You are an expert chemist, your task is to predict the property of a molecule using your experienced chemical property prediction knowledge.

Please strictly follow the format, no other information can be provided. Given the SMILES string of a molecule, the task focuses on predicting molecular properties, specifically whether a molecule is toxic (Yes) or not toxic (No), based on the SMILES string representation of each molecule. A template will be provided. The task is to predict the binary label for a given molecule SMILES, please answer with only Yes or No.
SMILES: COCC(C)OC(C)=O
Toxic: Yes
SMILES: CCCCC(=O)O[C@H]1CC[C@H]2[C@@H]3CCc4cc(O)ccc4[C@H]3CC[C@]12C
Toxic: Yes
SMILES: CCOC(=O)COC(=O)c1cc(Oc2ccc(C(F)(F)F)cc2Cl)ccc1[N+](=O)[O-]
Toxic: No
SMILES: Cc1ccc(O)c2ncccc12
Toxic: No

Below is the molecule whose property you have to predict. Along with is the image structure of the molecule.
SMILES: CC(=O)N(CC(C)C(=O)O)c1c(I)cc(I)c(N)c1I
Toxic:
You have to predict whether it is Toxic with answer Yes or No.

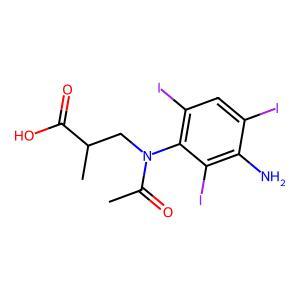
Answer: No